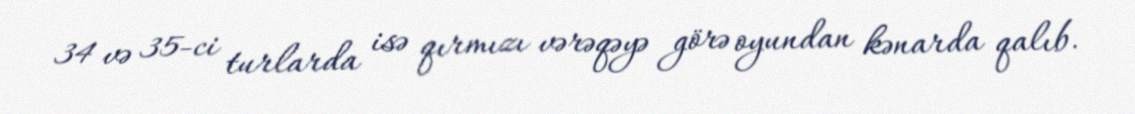
34 və 35-ci turlarda isə qırmızı vərəqəyə görə oyundan kənarda qalıb.